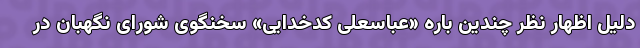
دلیل اظهار نظر چندین باره «عباسعلی کدخدایی» سخنگوی شورای نگهبان در